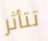
تتأثر